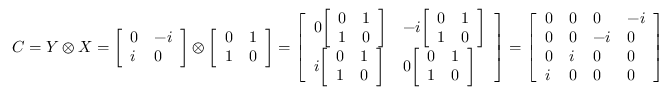
C = Y \otimes X = { \left[ \begin{array} { l l } { 0 } & { - i } \\ { i } & { 0 } \end{array} \right] } \otimes { \left[ \begin{array} { l l } { 0 } & { 1 } \\ { 1 } & { 0 } \end{array} \right] } = { \left[ \begin{array} { l l } { 0 { \left[ \begin{array} { l l } { 0 } & { 1 } \\ { 1 } & { 0 } \end{array} \right] } } & { - i { \left[ \begin{array} { l l } { 0 } & { 1 } \\ { 1 } & { 0 } \end{array} \right] } } \\ { i { \left[ \begin{array} { l l } { 0 } & { 1 } \\ { 1 } & { 0 } \end{array} \right] } } & { 0 { \left[ \begin{array} { l l } { 0 } & { 1 } \\ { 1 } & { 0 } \end{array} \right] } } \end{array} \right] } = { \left[ \begin{array} { l l l l } { 0 } & { 0 } & { 0 } & { - i } \\ { 0 } & { 0 } & { - i } & { 0 } \\ { 0 } & { i } & { 0 } & { 0 } \\ { i } & { 0 } & { 0 } & { 0 } \end{array} \right] }